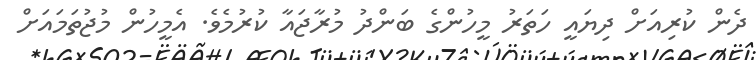
ދެން ކުރިއަށް ދިޔައީ ހަތަރު މީހުންގެ ބަންދު މުރާޖައާ ކުރުމެވެ. އެމީހުން މުޖުތަމައަށް